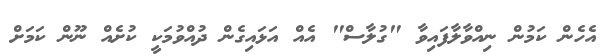
އެހެން ކަމުން ނިއްވާލާފައިވާ "ގުލާސް" އެއް އަޅައިގެން ދުއްވުމަކީ ކުށެއް ނޫން ކަމަށް